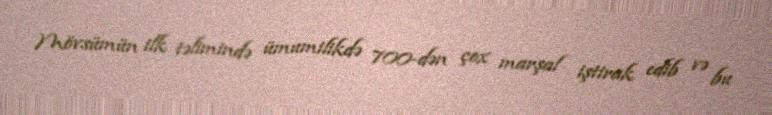
Mövsümün ilk təlimində ümumilikdə 700-dən çox marşal iştirak edib və bu